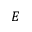
E